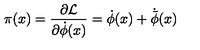
\pi ( x ) = \frac { \partial { \cal L } } { \partial { \dot { \phi } } ( x ) } = { \dot { \phi } } ( x ) + { \dot { \bar { \phi } } } ( x )